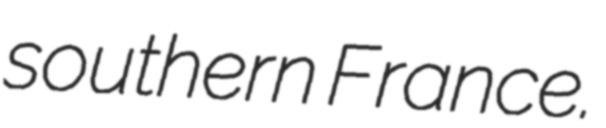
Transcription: southern France.